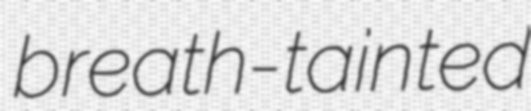
breath-tainted